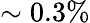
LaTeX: \sim 0.3\%